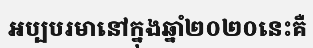
អប្បបរមានៅក្នុងឆ្នាំ២០២០នេះគឺ